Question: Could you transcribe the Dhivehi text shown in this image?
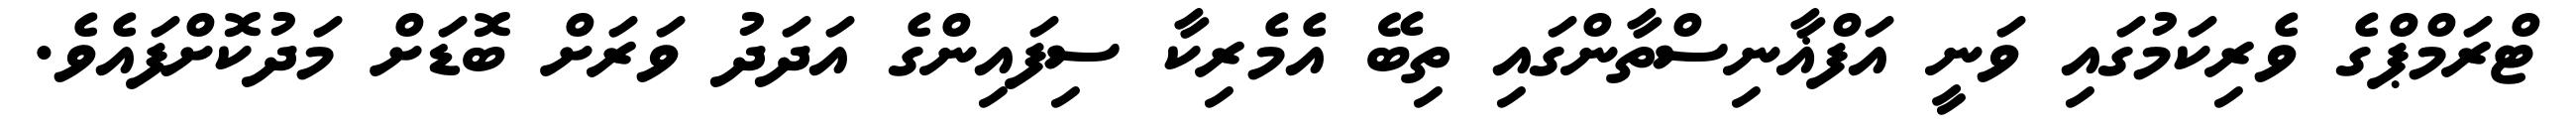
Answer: ޓްރަމްޕްގެ ވެރިކަމުގައި ވަނީ އަފްޣާނިސްތާންގައި ތިބޭ އެމެރިކާ ސިފައިންގެ އަދަދު ވަރަށް ބޮޑަށް މަދުކޮށްފައެވެ.